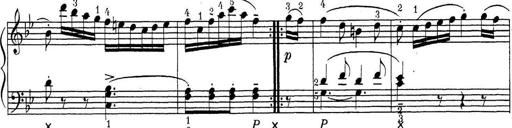
Title: ÄŒeskÃ© Sonatiny
Composer: Various